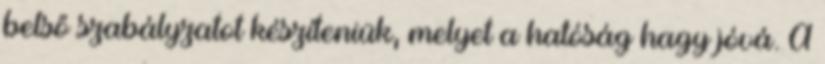
belső szabályzatot készíteniük, melyet a hatóság hagy jóvá. A